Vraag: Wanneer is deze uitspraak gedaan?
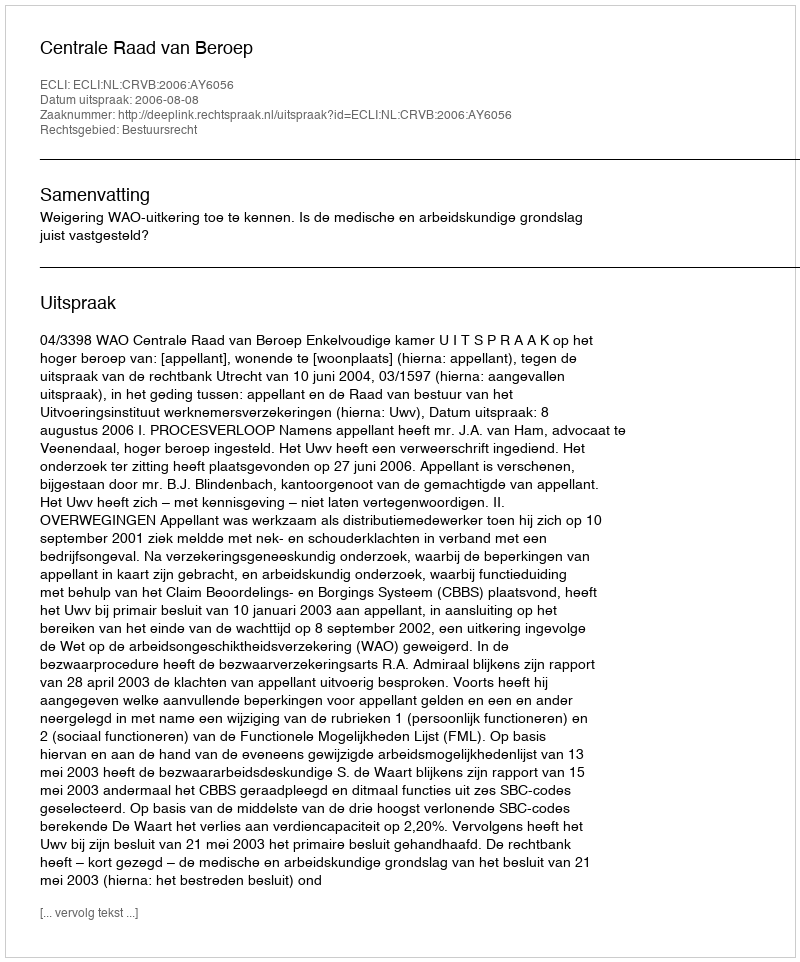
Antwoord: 2006-08-08